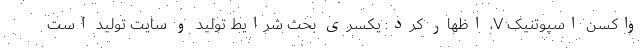
واکسن اسپوتنیک V، اظهار کرد: یکسری بحث شرایط تولید و سایت تولید است